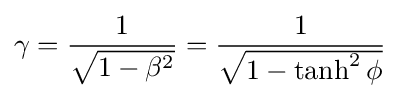
\gamma ={\frac {1}{\sqrt {1-\beta ^{2}}}}={\frac {1}{\sqrt {1-\tanh ^{2}\phi }}}